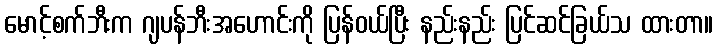
မောင့်စက်ဘီးက ဂျပန်ဘီးအဟောင်းကို ပြန်ဝယ်ပြီး နည်းနည်း ပြင်ဆင်ခြယ်သ ထားတာ။